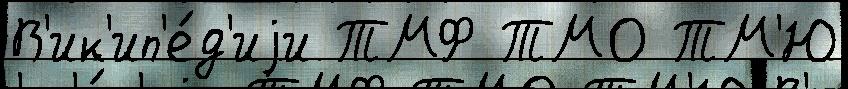
В'ик'ип'е́д'иjи ТМФ ТМО ТМ'Ю